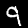
Label: 9